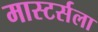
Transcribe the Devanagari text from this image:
मास्टर्सला